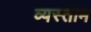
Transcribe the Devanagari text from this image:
व्यस्ताम